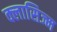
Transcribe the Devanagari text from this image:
क्लासिज्म